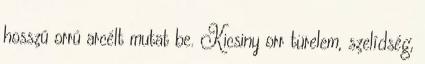
hosszú orrú arcélt mutat be. Kicsiny orr türelem, szelídség,